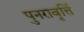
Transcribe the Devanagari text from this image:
पुनरावृर्त्ति